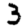
Digit: 3